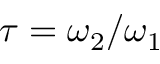
\tau = \omega _ { 2 } / \omega _ { 1 }